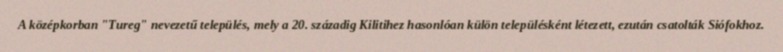
A középkorban "Tureg" nevezetű település, mely a 20. századig Kilitihez hasonlóan külön településként létezett, ezután csatolták Siófokhoz.